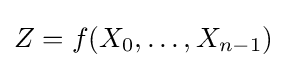
Z=f(X_{0},\ldots ,X_{n-1})